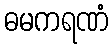
ဓမကရဏံ